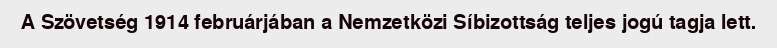
A Szövetség 1914 februárjában a Nemzetközi Síbizottság teljes jogú tagja lett.